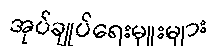
အုပ်ချုပ်ရေးမှူးများ